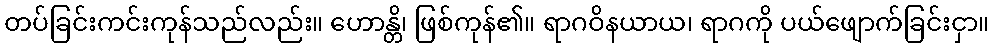
တပ်ခြင်းကင်းကုန်သည်လည်း။ ဟောန္တိ၊ ဖြစ်ကုန်၏။ ရာဂဝိနယာယ၊ ရာဂကို ပယ်ဖျောက်ခြင်းငှာ။